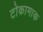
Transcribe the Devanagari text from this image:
टोकामाक